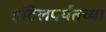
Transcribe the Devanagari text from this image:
हॉटेलपर्यंतच्या